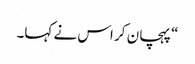
“ پہچان کر اس نے کہا۔